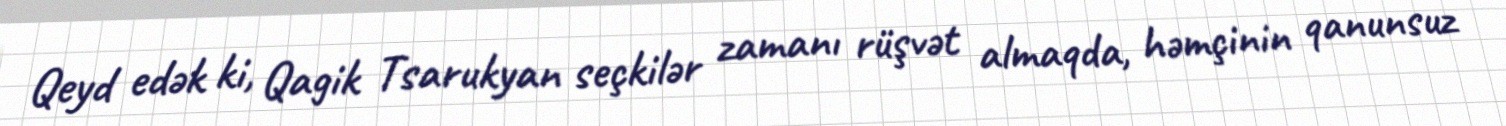
Qeyd edək ki, Qagik Tsarukyan seçkilər zamanı rüşvət almaqda, həmçinin qanunsuz